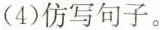
(4)仿写句子。